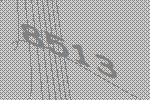
8513